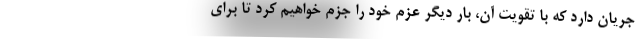
جریان دارد که با تقویت آن، بار دیگر عزم خود را جزم خواهیم کرد تا برای